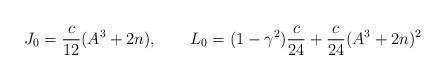
LaTeX: \begin{align*}J_0 = \frac{c}{12}(A^3+2n) , \qquad L_0 = (1-\gamma^2)\frac{c}{24}+ \frac{c}{24} (A^3 + 2 n)^2\end{align*}